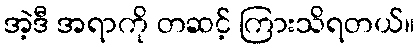
အဲ့ဒီ အရာကို တဆင့် ကြားသိရတယ်။